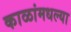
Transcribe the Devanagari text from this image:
काळांमधल्या